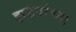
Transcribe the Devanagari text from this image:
झडपांच्या